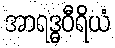
အာရဒ္ဓဝီရိယံ